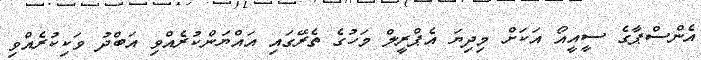
އެންސްޕާގެ ސީއީއޯ އަކަށް މިދިޔަ އެޕްރީލް މަހުގެ ތެރޭގައި އައްޔަންކުރެއްވި އަބްދު ވަކިކުރެއްވި